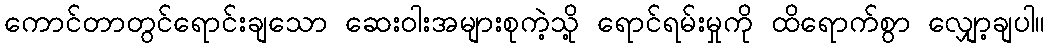
ကောင်တာတွင်ရောင်းချသော ဆေးဝါးအများစုကဲ့သို့ ရောင်ရမ်းမှုကို ထိရောက်စွာ လျှော့ချပါ။